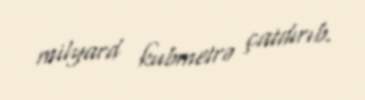
milyard kubmetrə çatdırıb.